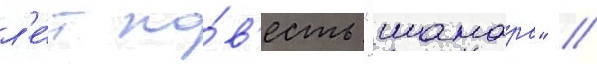
л'е́т по́в'есть "шамара" //